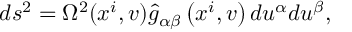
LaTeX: d s ^ { 2 } = \Omega ^ { 2 } ( x ^ { i } , v ) \hat { { g } } _ { \alpha \beta } \left( x ^ { i } , v \right) d u ^ { \alpha } d u ^ { \beta } ,